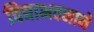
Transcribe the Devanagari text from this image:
विद्याभवनाने